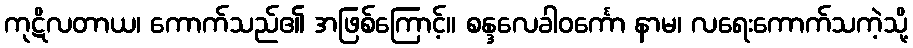
ကုဋိလတာယ၊ ကောက်သည်၏ အဖြစ်ကြောင့်။ စန္ဒလေခါဝင်္ကော နာမ၊ လရေးကောက်သကဲ့သို့